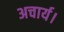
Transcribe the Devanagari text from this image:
अचार्य।